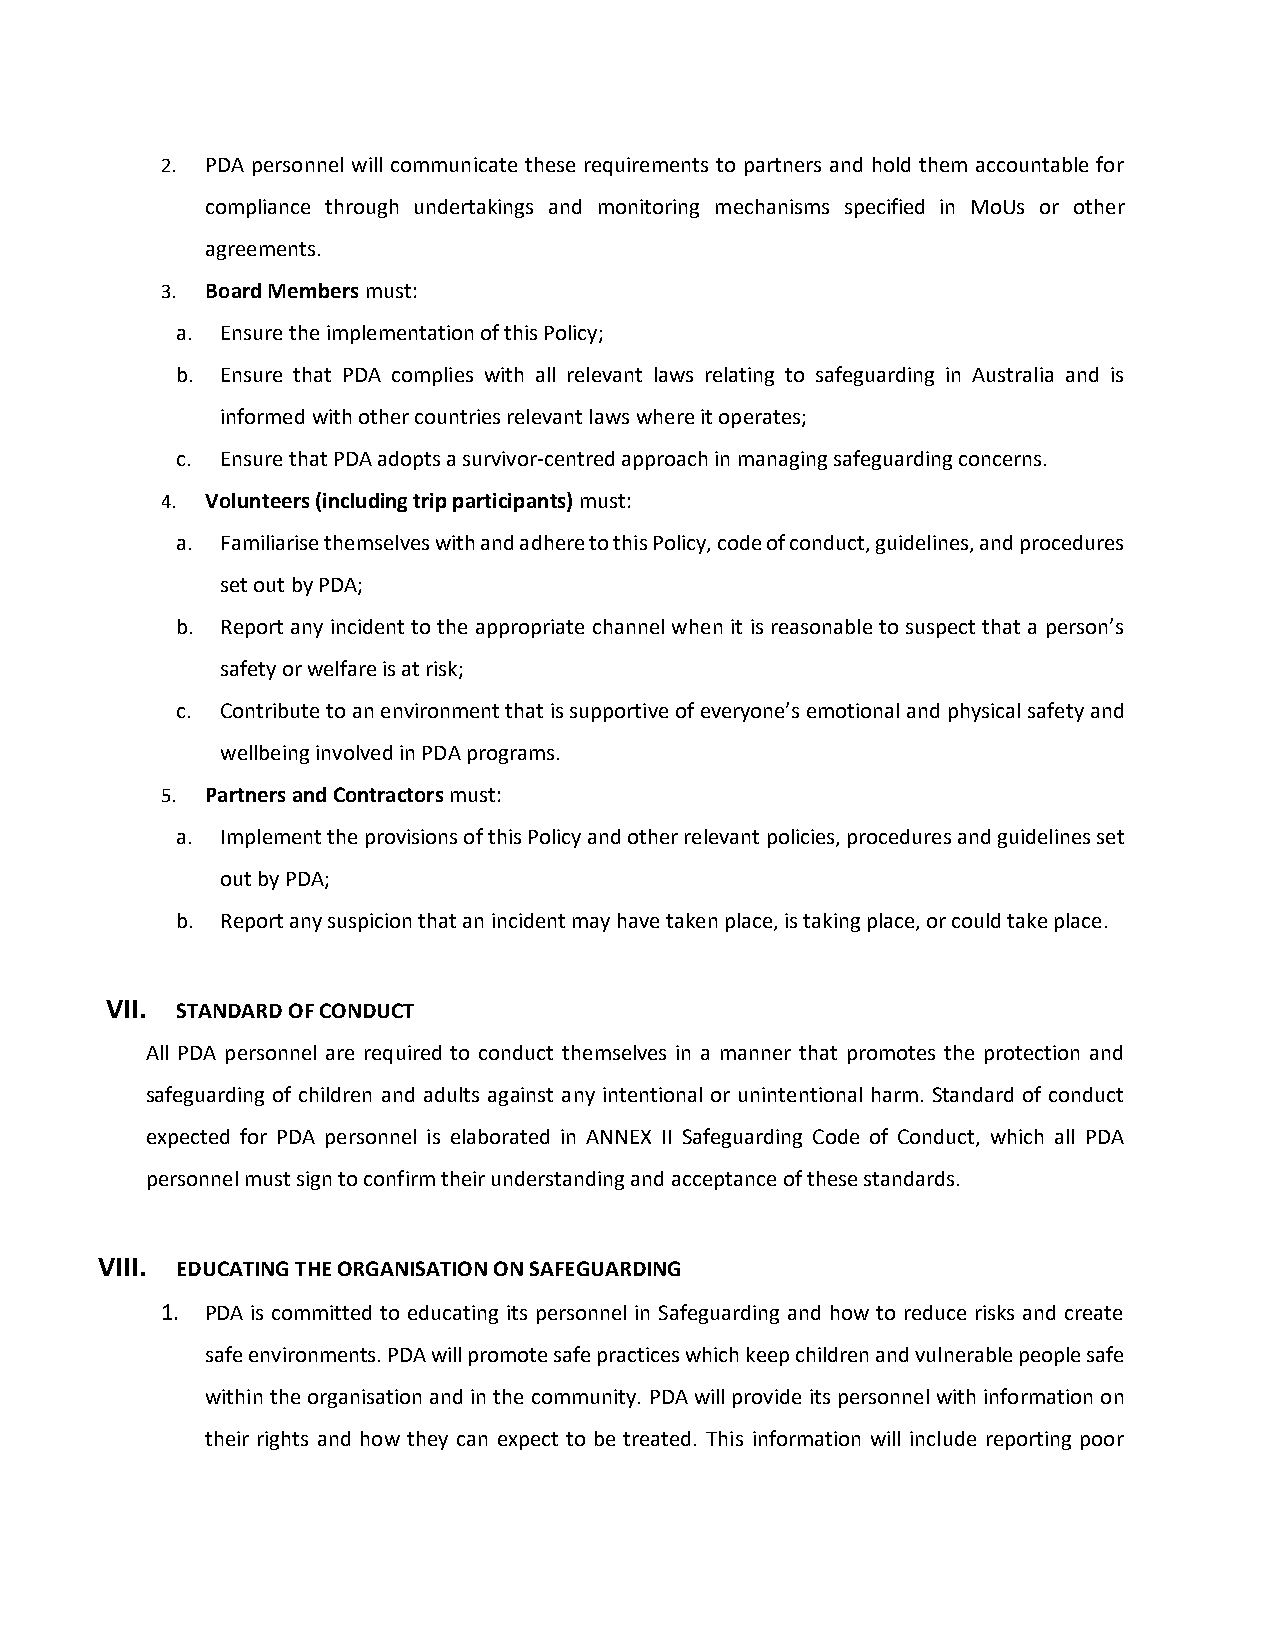
2. PDA personnel will communicate these requirements to partners and hold them accountable for
 compliance through undertakings and monitoring mechanisms specified in MoUs or other
 agreements.
 3. Board Members must:
 a. Ensure the implementation of this Policy;
 b. Ensure that PDA complies with all relevant laws relating to safeguarding in Australia and is
 informed with other countries relevant laws where it operates;
 c. Ensure that PDA adopts a survivor-centred approach in managing safeguarding concerns.
 4. Volunteers (including trip participants) must:
 a. Familiarise themselves with and adhere to this Policy, code of conduct, guidelines, and procedures
 set out by PDA;
 b. Report any incident to the appropriate channel when it is reasonable to suspect that a person’s
 safety or welfare is at risk;
 c. Contribute to an environment that is supportive of everyone’s emotional and physical safety and
 wellbeing involved in PDA programs.
 5. Partners and Contractors must:
 a. Implement the provisions of this Policy and other relevant policies, procedures and guidelines set
 out by PDA;
 b. Report any suspicion that an incident may have taken place, is taking place, or could take place.
 VII. STANDARD OF CONDUCT
 All PDA personnel are required to conduct themselves in a manner that promotes the protection and
 safeguarding of children and adults against any intentional or unintentional harm. Standard of conduct
 expected for PDA personnel is elaborated in ANNEX II Safeguarding Code of Conduct, which all PDA
 personnel must sign to confirm their understanding and acceptance of these standards.
 VIII. EDUCATING THE ORGANISATION ON SAFEGUARDING
 1. PDA is committed to educating its personnel in Safeguarding and how to reduce risks and create
 safe environments. PDA will promote safe practices which keep children and vulnerable people safe
 within the organisation and in the community. PDA will provide its personnel with information on
 their rights and how they can expect to be treated. This information will include reporting poor